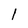
Character: 1